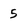
Character: 5